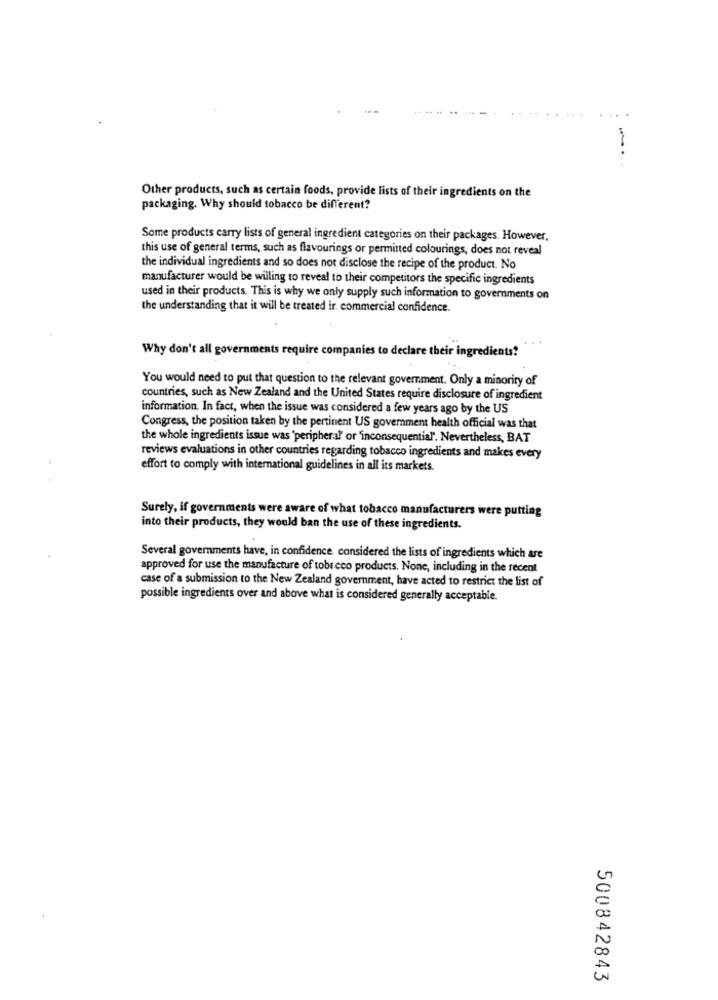
Other products, such as certain foods, provide lists of their ingredients on the
packaging. Why should tobacco be different?
Some products carry lists of general ingredient categories on their packages. However.
this use of general terms, such as flavourings or permitted colourings, does not reveal
the individual ingredients and so does not disclose the recipe of the product. No
manufacturer would be willing to reveal to their competitors the specific ingredients
used in their products. This is why we only supply such information to governments on
the understanding that it will be treated ir. commercial confidence.
Why don't all governments require companies to declare their ingredients?
You would need to put that question to the relevant government. Only a minority of
countries, such as New Zealand and the United States require disclosure of ingredient
information. In fact, when the issue was considered a few years ago by the US
Congress, the position taken by the pertinent US government health official was that
the whole ingredients issue was 'peripheral or "inconsequential'. Nevertheless, BAT
reviews evaluations in other countries regarding tobacco ingredients and makes every
effort to comply with international guidelines in all its markets.
Surely, if governments were aware of what tobacco manufacturers were putting
into their products, they would ban the use of these ingredients.
Several governments have, in confidence considered the lists of ingredients which are
approved for use the manufacture of tobe cco products. None, including in the recent
case of a submission to the New Zealand government, have acted to restrict the list of
possible ingredients over and above what is considered generally acceptable.
500842843